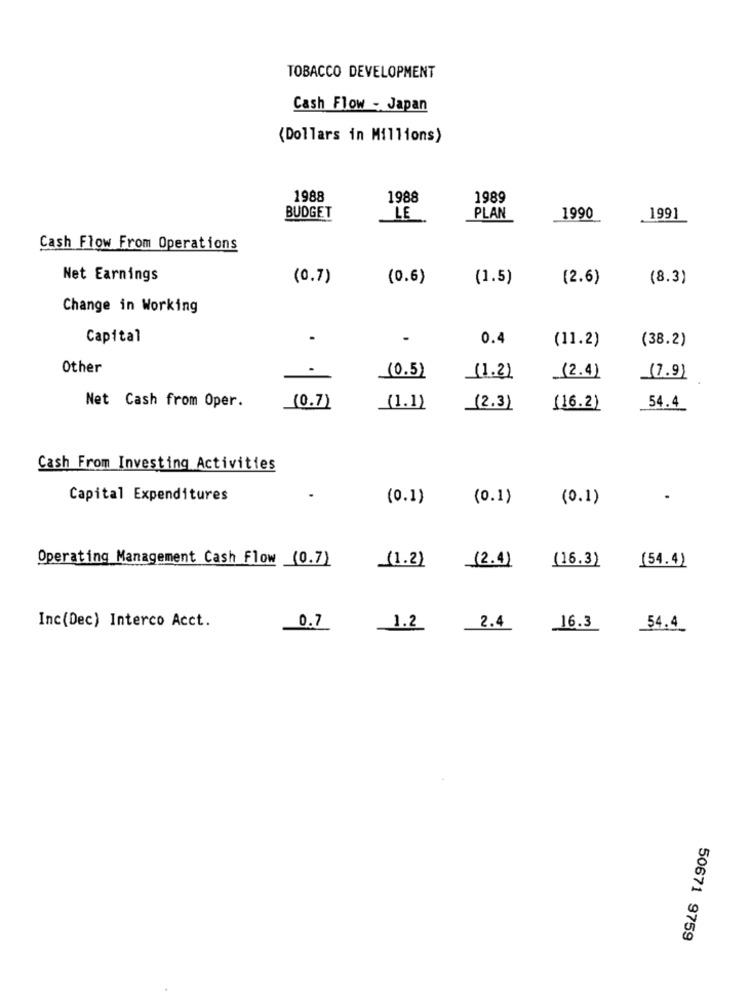
TOBACCO DEVELOPMENT
Cash Flow - Japan
(Dollars in Millions)
1988
1988
1989
BUDGET
LE
PLAN
1990
.1991
Cash Flow From Operations
Net Earnings
(0.7)
(0.6)
(1.5)
(2.6)
(8.3)
Change in Working
Capital
0.4
(11.2)
(38.2)
Other
(0.5)
(1.2)
(2.4)
(7.9)
Net Cash from Oper.
(0.7)
(1.1)
(2.3)
(16.2)
54.4
Cash From Investing Activities
Capital Expenditures
(0.1)
(0.1)
(0.1)
Operating Management Cash Flow (0.7)
(1.2)
(2.4)
(16.3)
(54.4)
Inc(Dec) Interco Acct.
0.7
1.2
2.4 16.3 54.4
50671 9759